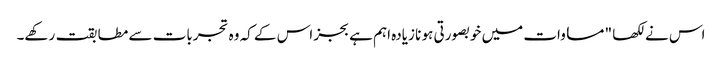
اس نے لکھا " مساوات میں خوبصورتی ہو نا زیادہ اہم ہے بجز اس کے کہ وہ تجربات سے مطابقت رکھے۔